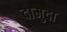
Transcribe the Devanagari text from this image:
दामुदा